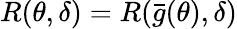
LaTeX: R(\theta,\delta)=R({\bar{g}}(\theta),\delta)